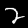
Digit: 2